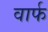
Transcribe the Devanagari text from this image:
वार्फ